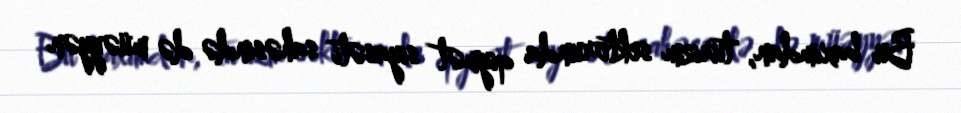
Bu baxımdan, turizm sektorunda qiymət siyasəti sahəsində də müəyyən